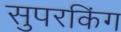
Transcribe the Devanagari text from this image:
सुपरकिंग